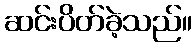
ဆင်းပိတ်ခဲ့သည်။